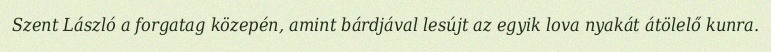
Szent László a forgatag közepén, amint bárdjával lesújt az egyik lova nyakát átölelő kunra.